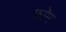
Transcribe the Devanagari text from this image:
फ्राॅम